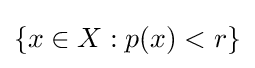
\left\{x\in X:p(x)<r\right\}